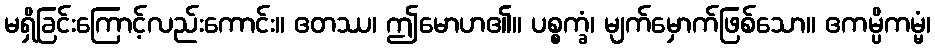
မရှိခြင်းကြောင့်လည်းကောင်း။ ဧတဿ၊ ဤမောဟ၏။ ပစ္စက္ခံ၊ မျက်မှောက်ဖြစ်သော။ ဧကမ္ပိကမ္မံ၊